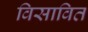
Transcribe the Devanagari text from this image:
विसावित